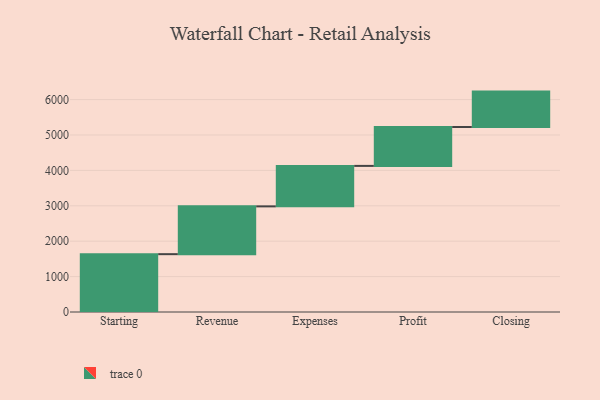
{"axis": {"x": "Step", "y": "Value"}, "legend": [""], "data": [{"x": "Starting", "y": 1634.0, "type": ""}, {"x": "Revenue", "y": 1350.0, "type": ""}, {"x": "Expenses", "y": 1143.0, "type": ""}, {"x": "Profit", "y": 1099.0, "type": ""}, {"x": "Closing", "y": 1000, "type": ""}]}